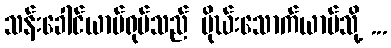
သန်းခေါင်ယာမ်ရုပ်သည် မိုဃ်းသောက်ယာမ်သို့ ...